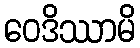
ဝေဒိဿာမိ